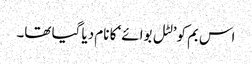
اس بم کو’لٹل بوائے‘ کا نام دیا گیا تھا۔